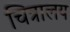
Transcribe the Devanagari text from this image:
चित्रालय